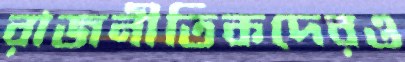
রাজনীতিকদেরও